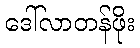
ဒေါ်လာတန်ဖိုး